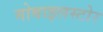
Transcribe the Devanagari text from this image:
मोबाइलस्टोर